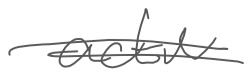
Text: active
Cross-out: double-line
Writing tool: digital_gray